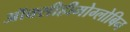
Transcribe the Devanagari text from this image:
ऑक्सीहीमोग्लोबिन